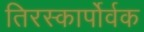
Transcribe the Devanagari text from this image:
तिरस्कार्पोर्वक